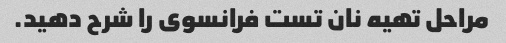
مراحل تهیه نان تست فرانسوی را شرح دهید.